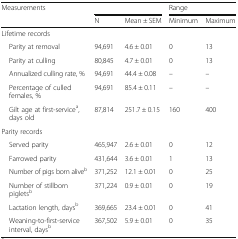
<table><thead><tr><td rowspan="2"><b>Measurements</b></td><td colspan="2"></td><td colspan="2"><b>Range</b></td></tr><tr><td><b>N</b></td><td><b>Mean ± SEM</b></td><td><b>Minimum</b></td><td><b>Maximum</b></td></tr></thead><tbody><tr><td colspan="3">Lifetime records</td><td></td><td></td></tr><tr><td> Parity at removal</td><td>94,691</td><td>4.6 ± 0.01</td><td>0</td><td>13</td></tr><tr><td> Parity at culling</td><td>80,845</td><td>4.7 ± 0.01</td><td>0</td><td>13</td></tr><tr><td> Annualized culling rate, %</td><td>94,691</td><td>44.4 ± 0.08</td><td>–</td><td>–</td></tr><tr><td> Percentage of culled females, %</td><td>94,691</td><td>85.4 ± 0.11</td><td>–</td><td>–</td></tr><tr><td> Gilt age at first-service<sup>a</sup>, days old</td><td>87,814</td><td>251.7 ± 0.15</td><td>160</td><td>400</td></tr><tr><td>Parity records</td><td></td><td></td><td></td><td></td></tr><tr><td> Served parity</td><td>465,947</td><td>2.6 ± 0.01</td><td>0</td><td>12</td></tr><tr><td> Farrowed parity</td><td>431,644</td><td>3.6 ± 0.01</td><td>1</td><td>13</td></tr><tr><td> Number of pigs born alive<sup>b</sup></td><td>371,252</td><td>12.1 ± 0.01</td><td>0</td><td>25</td></tr><tr><td> Number of stillborn piglets<sup>b</sup></td><td>371,224</td><td>0.9 ± 0.01</td><td>0</td><td>19</td></tr><tr><td> Lactation length, days<sup>b</sup></td><td>369,665</td><td>23.4 ± 0.01</td><td>0</td><td>41</td></tr><tr><td> Weaning-to-first-service interval, days<sup>b</sup></td><td>367,502</td><td>5.9 ± 0.01</td><td>0</td><td>35</td></tr></tbody></table>